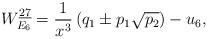
LaTeX: \begin{align*}W_{E_6}^{\underline{27}}={1\over x^3} \left( q_1 \pm p_1\sqrt{p_2}\right)-u_6,\end{align*}